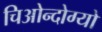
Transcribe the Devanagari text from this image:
चिओन्दोग्यो